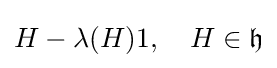
H-\lambda (H)1,\quad H\in {\mathfrak {h}}